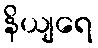
နိယျရေ